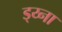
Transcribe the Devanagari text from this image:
ड्य्ना